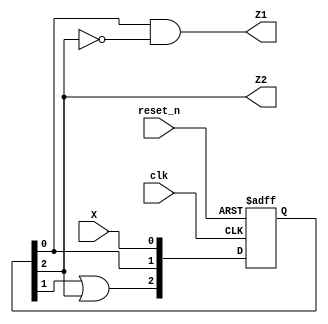
`timescale 1ns/1ns
module FSM3 (
    input   wire    reset_n,
                    X,
                    clk,
    output  wire    Z1,
                    Z2
);

    // Method2: Buffer
    reg [2 : 0] buffer;

    always @(posedge clk, negedge reset_n)
        if(!reset_n) begin
            buffer <= 0;
        end
        else begin
            buffer[0]   <= X;
            buffer[1]   <= buffer[0];
            buffer[2]   <= buffer[1] | buffer[2];
        end
    
    assign Z1 = buffer[0] & !buffer[2];
    assign Z2 = buffer[2];

endmodule